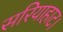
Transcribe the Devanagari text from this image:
सरियाहाट।